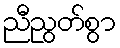
ညီညွတ်စွာ